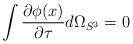
LaTeX: \begin{align*}\int \frac{\partial \phi(x)}{\partial \tau} d\Omega_{S^3}=0\end{align*}